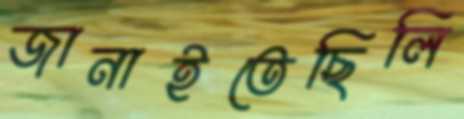
জানাইতেছিলি